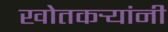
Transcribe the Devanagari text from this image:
खोतकर्‍यांनी